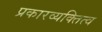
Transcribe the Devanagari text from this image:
प्रकारव्यक्तित्व